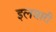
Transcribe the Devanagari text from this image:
इलबारी